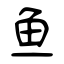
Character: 鱼